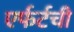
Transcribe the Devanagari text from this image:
एर्फर्टची